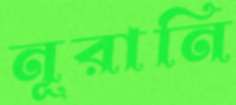
নূরানি